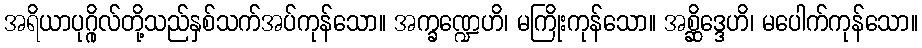
အရိယာပုဂ္ဂိုလ်တို့သည်နှစ်သက်အပ်ကုန်သော။ အက္ခဏ္ဍေဟိ၊ မကြိုးကုန်သော။ အစ္ဆိဒ္ဒေဟိ၊ မပေါက်ကုန်သော။